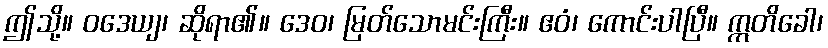
ဤသို့။ ဝဒေယျ၊ ဆိုရာ၏။ ဒေဝ၊ မြတ်သောမင်းကြီး။ ဧဝံ၊ ကောင်းပါပြီ။ ဣတိခေါ၊